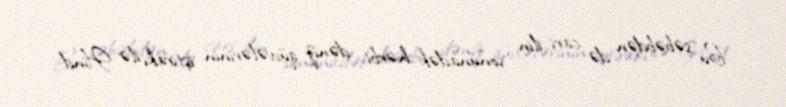
Bu səbəbdən də cari ilin sonunadək hərbi dəniz qüvvələrinin iştirakı ilə Hind